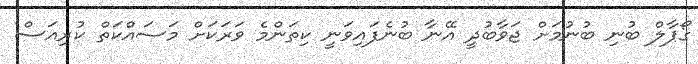
ގޯޕާލް ބުނި ބުނުމަށް ޖަވާބުދީ އޭނާ ބުނެފައިވަނީ ކިތަންމެ ވަރަކަށް މަސައްކަތް ކުރިއަސް